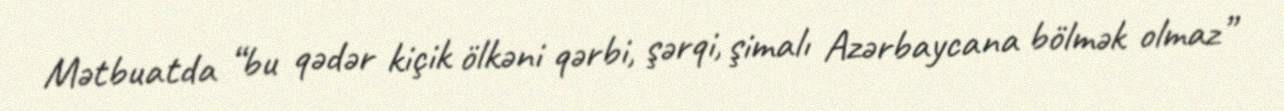
Mətbuatda “bu qədər kiçik ölkəni qərbi, şərqi, şimalı Azərbaycana bölmək olmaz”